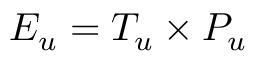
E _ { u } = T _ { u } \times P _ { u }